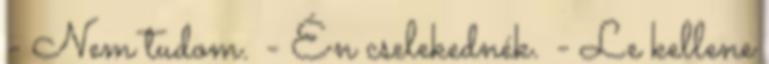
- Nem tudom. - Én cselekednék. - Le kellene